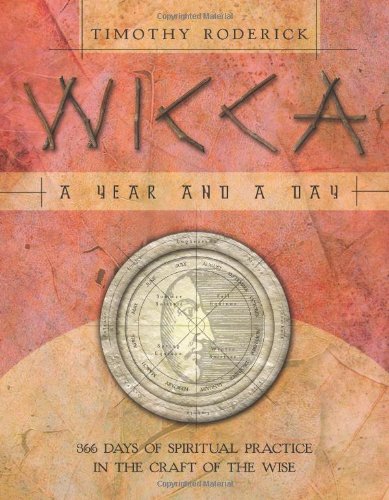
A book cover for Wicca: A Year and a Day: 366 Days of Spiritual Practice in the Craft of the Wise; Timothy Roderick; Religion & Spirituality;